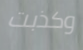
وكذبت